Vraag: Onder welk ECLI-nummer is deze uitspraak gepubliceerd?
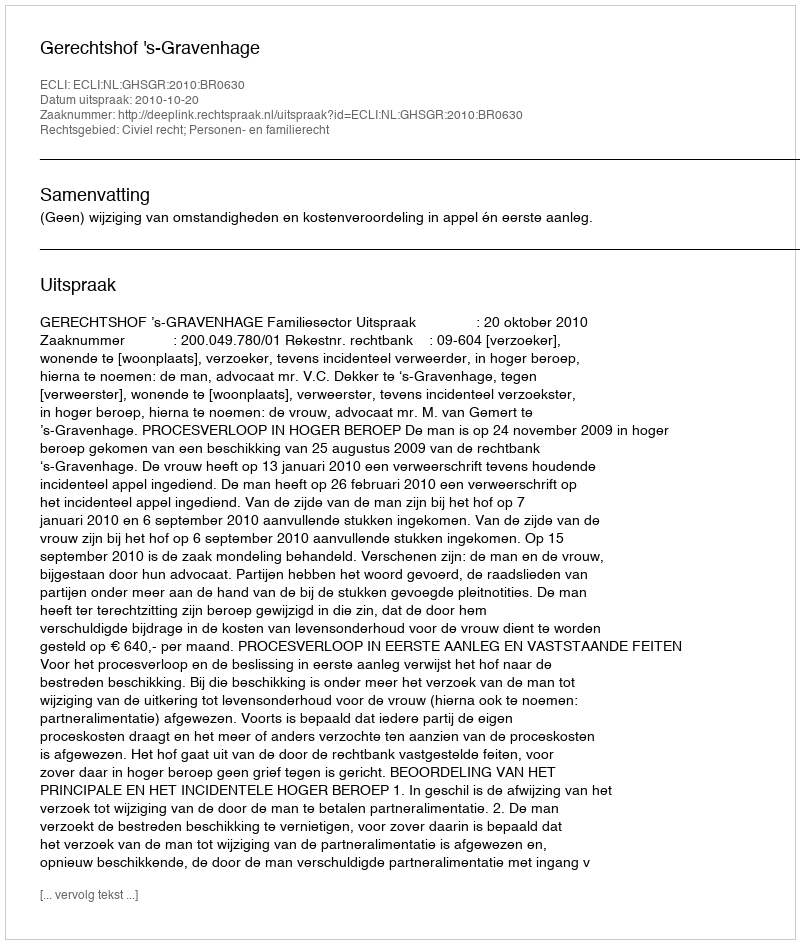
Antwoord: ECLI:NL:GHSGR:2010:BR0630